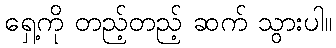
ရှေ့ကို တည့်တည့် ဆက် သွားပါ။